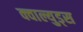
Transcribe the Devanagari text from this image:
क्वाल्युड्स